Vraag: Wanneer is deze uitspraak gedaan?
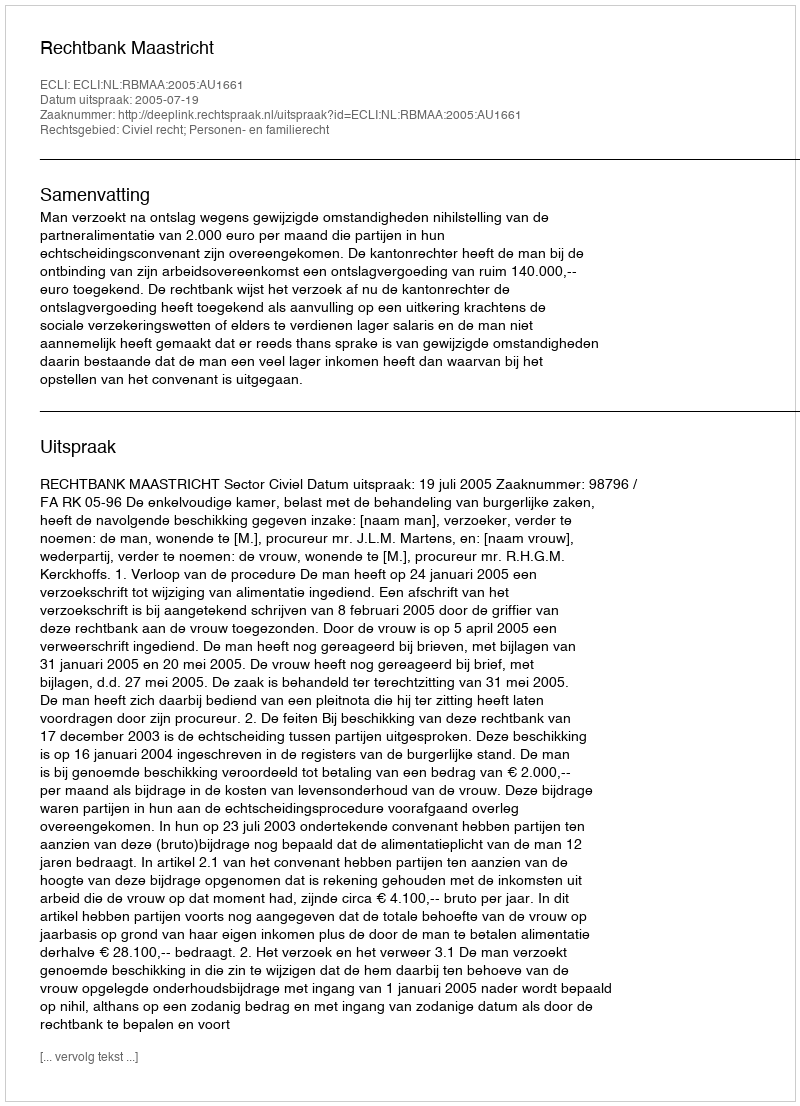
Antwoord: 2005-07-19